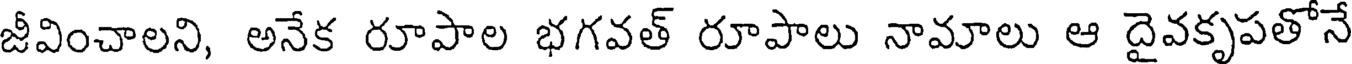
జీవించాలని, అనేక రూపాల భగవత్ రూపాలు నామాలు ఆ దైవకృపతోనే